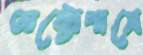
অক্টোপাসে